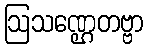
ဩသဏ္ဌေတဗ္ဗာ